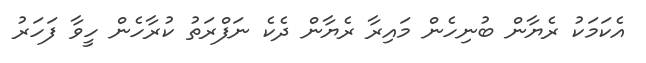
އެކަމަކު ރެޔާން ބުނިހެން މައިރާ ރެޔާން ދެކެ ނަފްރަތު ކުރާހެން ހީވާ ފަހަރު